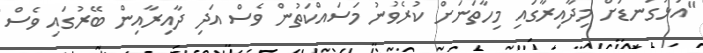
"އަޅުގަނޑަށް މިދާއިރާގައި މިހާތަނަށް ކުރެވުނު މަސައްކަތުން ވެސް އަދި ދާއިރާއިން ބޭރުގައި ވެސް